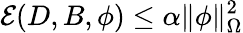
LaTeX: \mathcal{E}(D,B,\phi)\leq\alpha\| \phi\| _{\Omega}^{2}